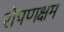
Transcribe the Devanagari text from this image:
रोपणक्षम